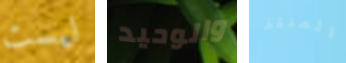
ليست والوحيد المنقذ